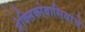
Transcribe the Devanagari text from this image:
मेक्सिकोवासियांचे